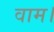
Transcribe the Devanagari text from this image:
वाम।